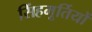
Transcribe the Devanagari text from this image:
सिंहमूर्तियों